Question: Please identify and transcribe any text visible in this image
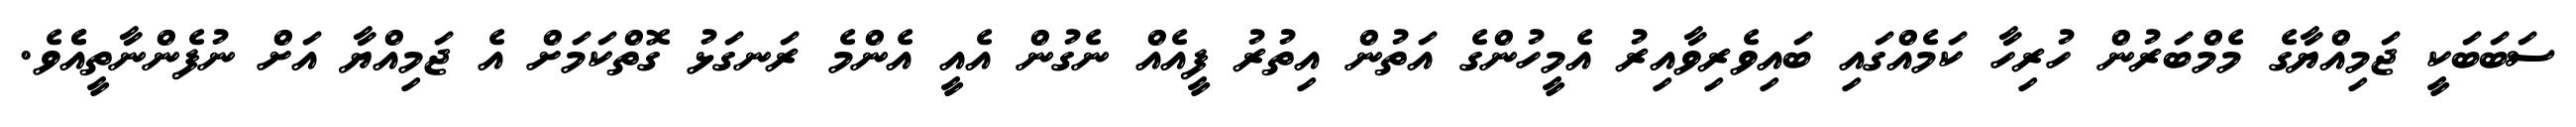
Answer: ސަބަބަކީ ޖަމިއްޔާގެ މެމްބަރުން ހުރިހާ ކަމެއްގައި ބައިވެރިވާއިރު އެމީހުންގެ އަތުން އިތުރު ފީއެއް ނެގުން އެއީ އެންމެ ރަނގަޅު ގޮތްކަމަށް އެ ޖަމިއްޔާ އަށް ނުފެންނާތީއެެވެ.